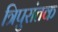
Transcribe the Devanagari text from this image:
त्रिपुरांतक